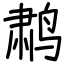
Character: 鹔